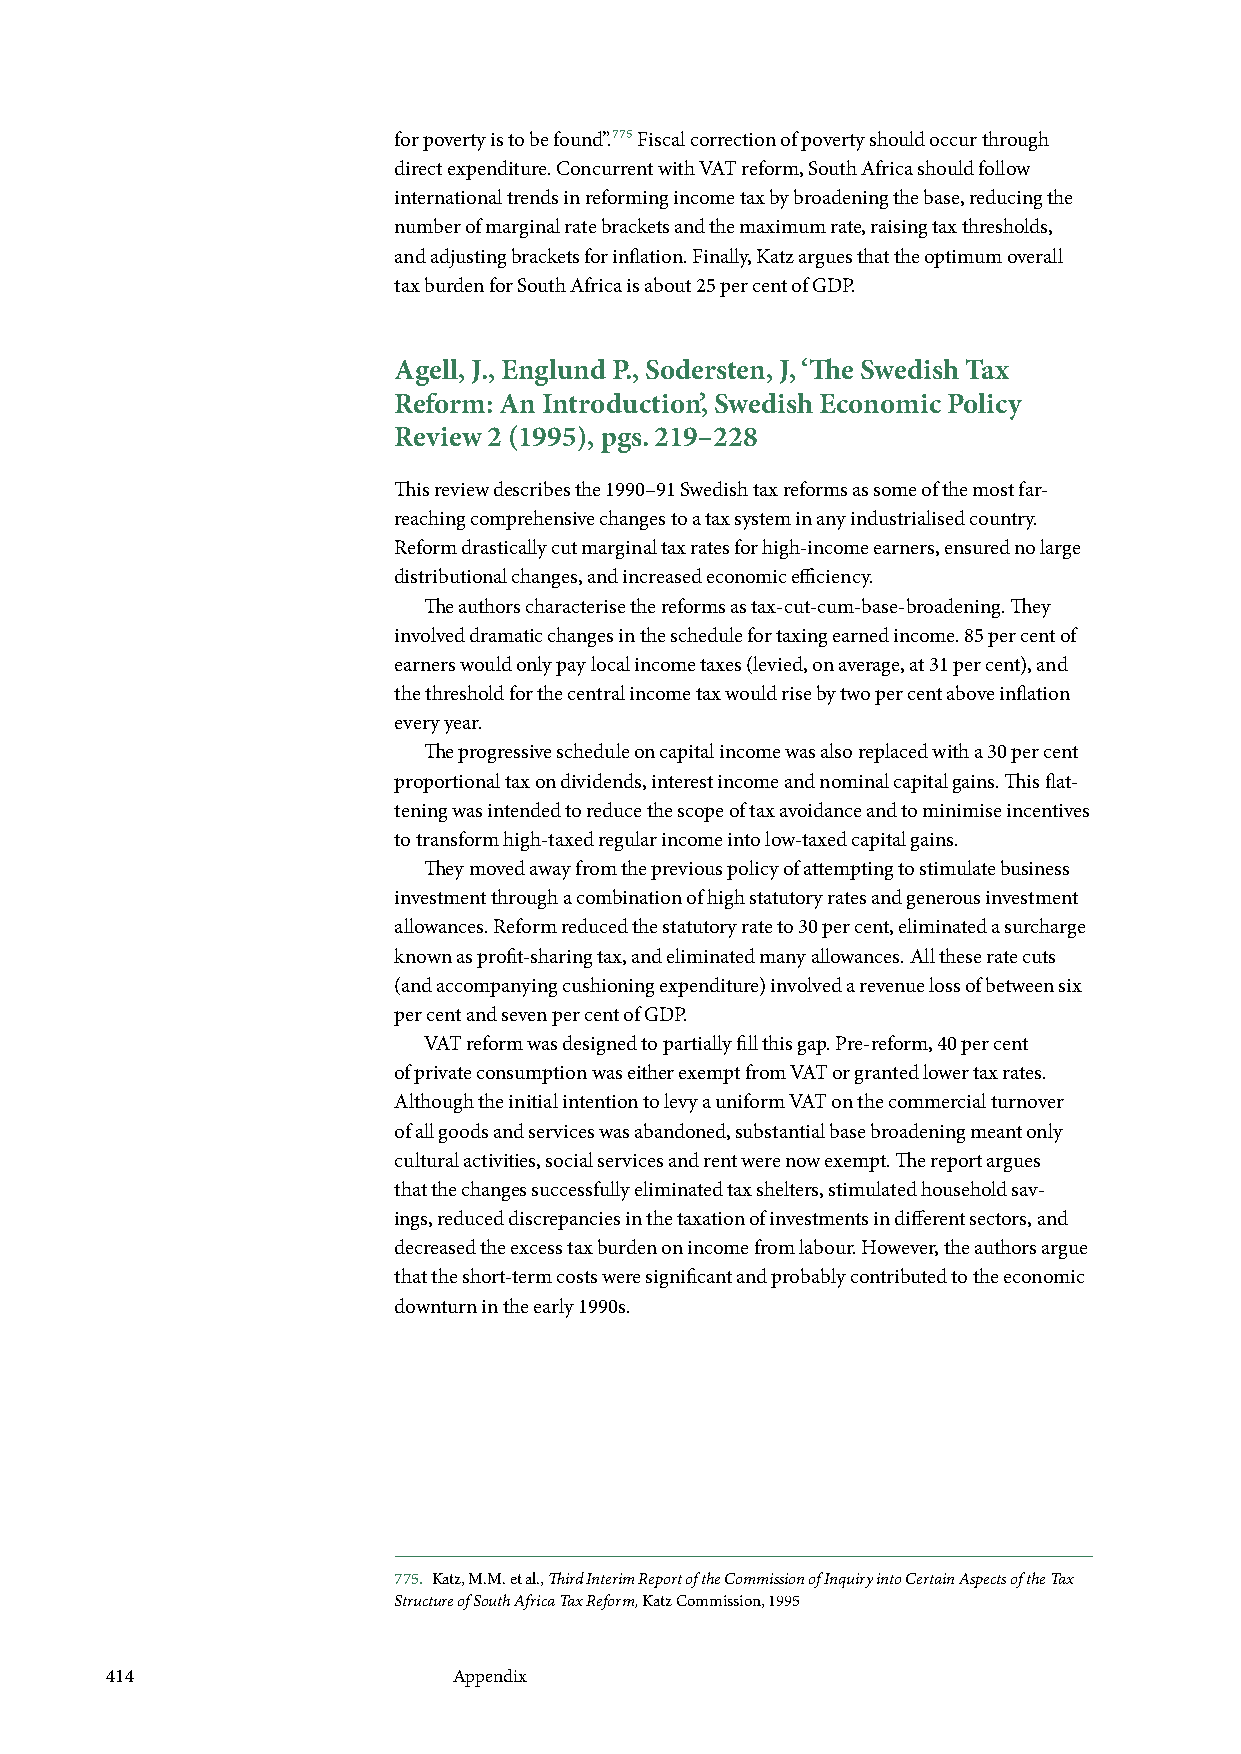
for poverty is to be found”.775 Fiscal correction of poverty should occur through
 direct expenditure. Concurrent with VAT reform, South Africa should follow
 international trends in reforming income tax by broadening the base, reducing the
 number of marginal rate brackets and the maximum rate, raising tax thresholds,
 and adjusting brackets for inflation. Finally, Katz argues that the optimum overall
 tax burden for South Africa is about 25 per cent of GDP.
 Agell, J., Englund P., Sodersten, J, ‘The Swedish Tax
 Reform: An Introduction’, Swedish Economic Policy
 Review 2 (1995), pgs. 219–228
 This review describes the 1990–91 Swedish tax reforms as some of the most far-
 reaching comprehensive changes to a tax system in any industrialised country.
 Reform drastically cut marginal tax rates for high-income earners, ensured no large
 distributional changes, and increased economic efficiency.
 The authors characterise the reforms as tax-cut-cum-base-broadening. They
 involved dramatic changes in the schedule for taxing earned income. 85 per cent of
 earners would only pay local income taxes (levied, on average, at 31 per cent), and
 the threshold for the central income tax would rise by two per cent above inflation
 every year.
 The progressive schedule on capital income was also replaced with a 30 per cent
 proportional tax on dividends, interest income and nominal capital gains. This flat-
 tening was intended to reduce the scope of tax avoidance and to minimise incentives
 to transform high-taxed regular income into low-taxed capital gains.
 They moved away from the previous policy of attempting to stimulate business
 investment through a combination of high statutory rates and generous investment
 allowances. Reform reduced the statutory rate to 30 per cent, eliminated a surcharge
 known as profit-sharing tax, and eliminated many allowances. All these rate cuts
 (and accompanying cushioning expenditure) involved a revenue loss of between six
 per cent and seven per cent of GDP.
 VAT reform was designed to partially fill this gap. Pre-reform, 40 per cent
 of private consumption was either exempt from VAT or granted lower tax rates.
 Although the initial intention to levy a uniform VAT on the commercial turnover
 of all goods and services was abandoned, substantial base broadening meant only
 cultural activities, social services and rent were now exempt. The report argues
 that the changes successfully eliminated tax shelters, stimulated household sav-
 ings, reduced discrepancies in the taxation of investments in different sectors, and
 decreased the excess tax burden on income from labour. However, the authors argue
 that the short-term costs were significant and probably contributed to the economic
 downturn in the early 1990s.
 775. Katz, M.M. et al., Third Interim Report of the Commission of Inquiry into Certain Aspects of the Tax
 Structure of South Africa Tax Reform, Katz Commission, 1995
 414                    Appendix